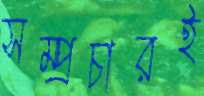
সম্প্রচারই